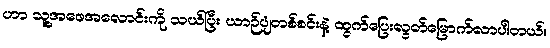
ဟာ သူ့အဖေအလောင်းကို သယ်ပြီး ယာဉ်ပျံတစ်စင်းနဲ့ ထွက်ပြေးလွတ်မြောက်လာပါတယ်။